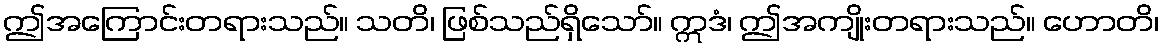
ဤအကြောင်းတရားသည်။ သတိ၊ ဖြစ်သည်ရှိသော်။ ဣဒံ၊ ဤအကျိုးတရားသည်။ ဟောတိ၊